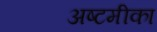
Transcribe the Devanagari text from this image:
अष्टमीका